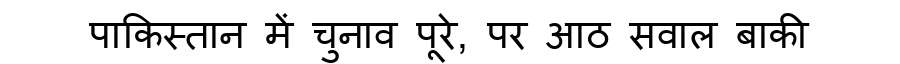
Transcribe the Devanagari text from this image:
पाकिस्तान में चुनाव पूरे, पर आठ सवाल बाकी